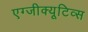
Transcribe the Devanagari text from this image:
एग्जीक्यूटिव्स